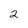
Character: 2